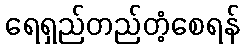
ရေရှည်တည်တံ့စေရန်